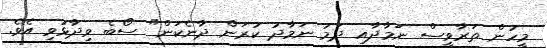
މީހުން ތަރާވީސް ނަމާދާއި ދަމު ނަމާދު ކުރަން ދާނެކަން" ސޯބެ ވިދާޅުވި އެވެ.